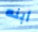
أبنه